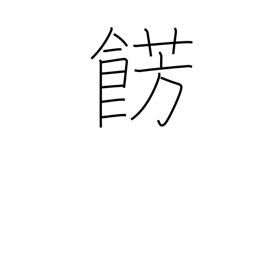
Meaning: embellish